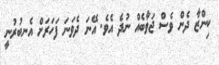
ކިންޒާ ދެން ވެސް ޖަވާބެއް ނުދެ އެވެ. އޭނަ ދެވަނަ ފަހަރަށް އެނބުރުނީ